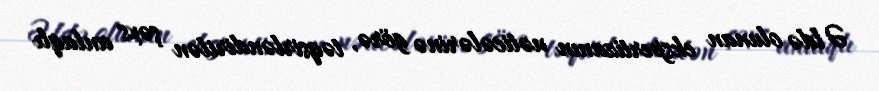
Əldə olunan ekspertizanın nəticələrinə görə, təqsirləndirilən şəxs anlaqlı